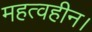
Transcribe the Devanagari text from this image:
महत्वहीन।